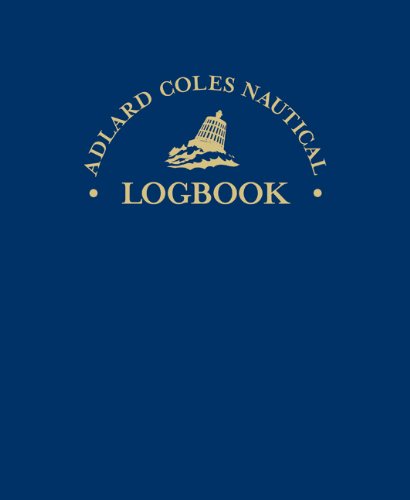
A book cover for Adlard Coles Nautical Logbook; Robin Knox-Johnston; Sports & Outdoors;